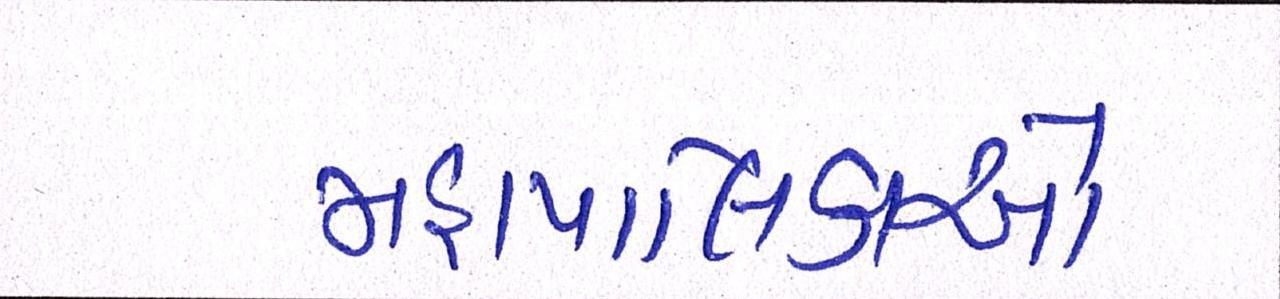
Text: મહાપાલિકાઓ